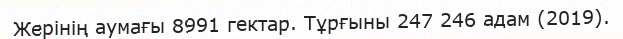
Жерінің аумағы 8991 гектар. Тұрғыны 247 246 адам (2019).